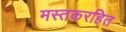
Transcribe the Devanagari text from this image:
मस्तकरहित